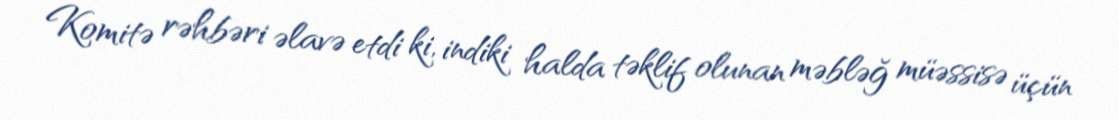
Komitə rəhbəri əlavə etdi ki, indiki halda təklif olunan məbləğ müəssisə üçün